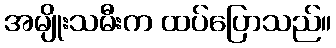
အမျိုးသမီးက ထပ်ပြောသည်။